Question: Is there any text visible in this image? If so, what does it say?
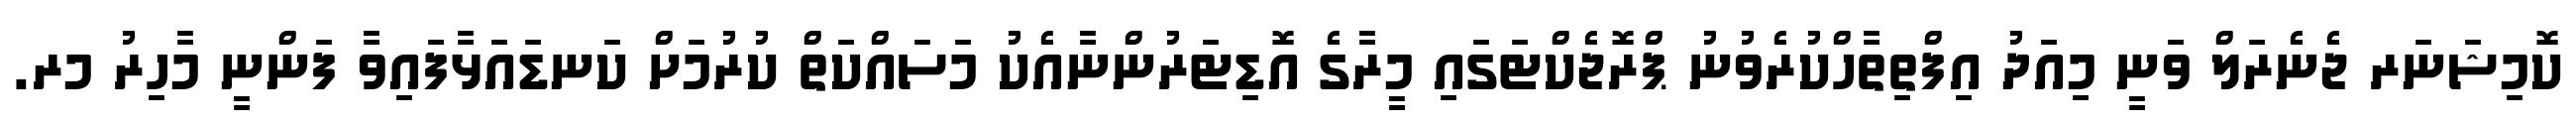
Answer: ކޮމިޝަނަރ ޖެނެރަލް ވަނީ މިއަދު އިފްތިތާހްކުރެވުނު ޕްރޮޖެކްޓަގައި މީރާގެ އޮޑިޓަރުންނާއެކު މަސައްކަތް ކުރުމަށް ކަނޑައަޅާފައިވާ ފަންނީ މާހިރު މރ.